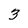
Character: 3